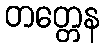
တတ္တေန